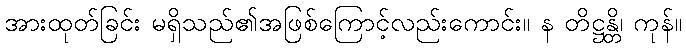
အားထုတ်ခြင်း မရှိသည်၏အဖြစ်ကြောင့်လည်းကောင်း။ န တိဋ္ဌန္တိ၊ ကုန်။